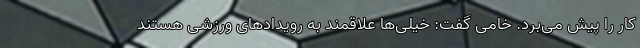
کار را پیش می‌برد. خامی گفت: خیلی‌ها علاقمند به رویدادهای ورزشی هستند